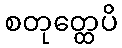
စတုတ္ထေပိ